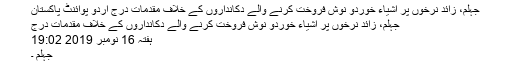
جہلم، زائد نرخوں پر اشیاء خوردو نوش فروخت کرنے والے دکانداروں کے خلاف مقدمات درج اُردو پوائنٹ پاکستان
جہلم، زائد نرخوں پر اشیاء خوردو نوش فروخت کرنے والے دکانداروں کے خلاف مقدمات درج
ہفتہ 16 نومبر 2019 19:02
جہلم ۔